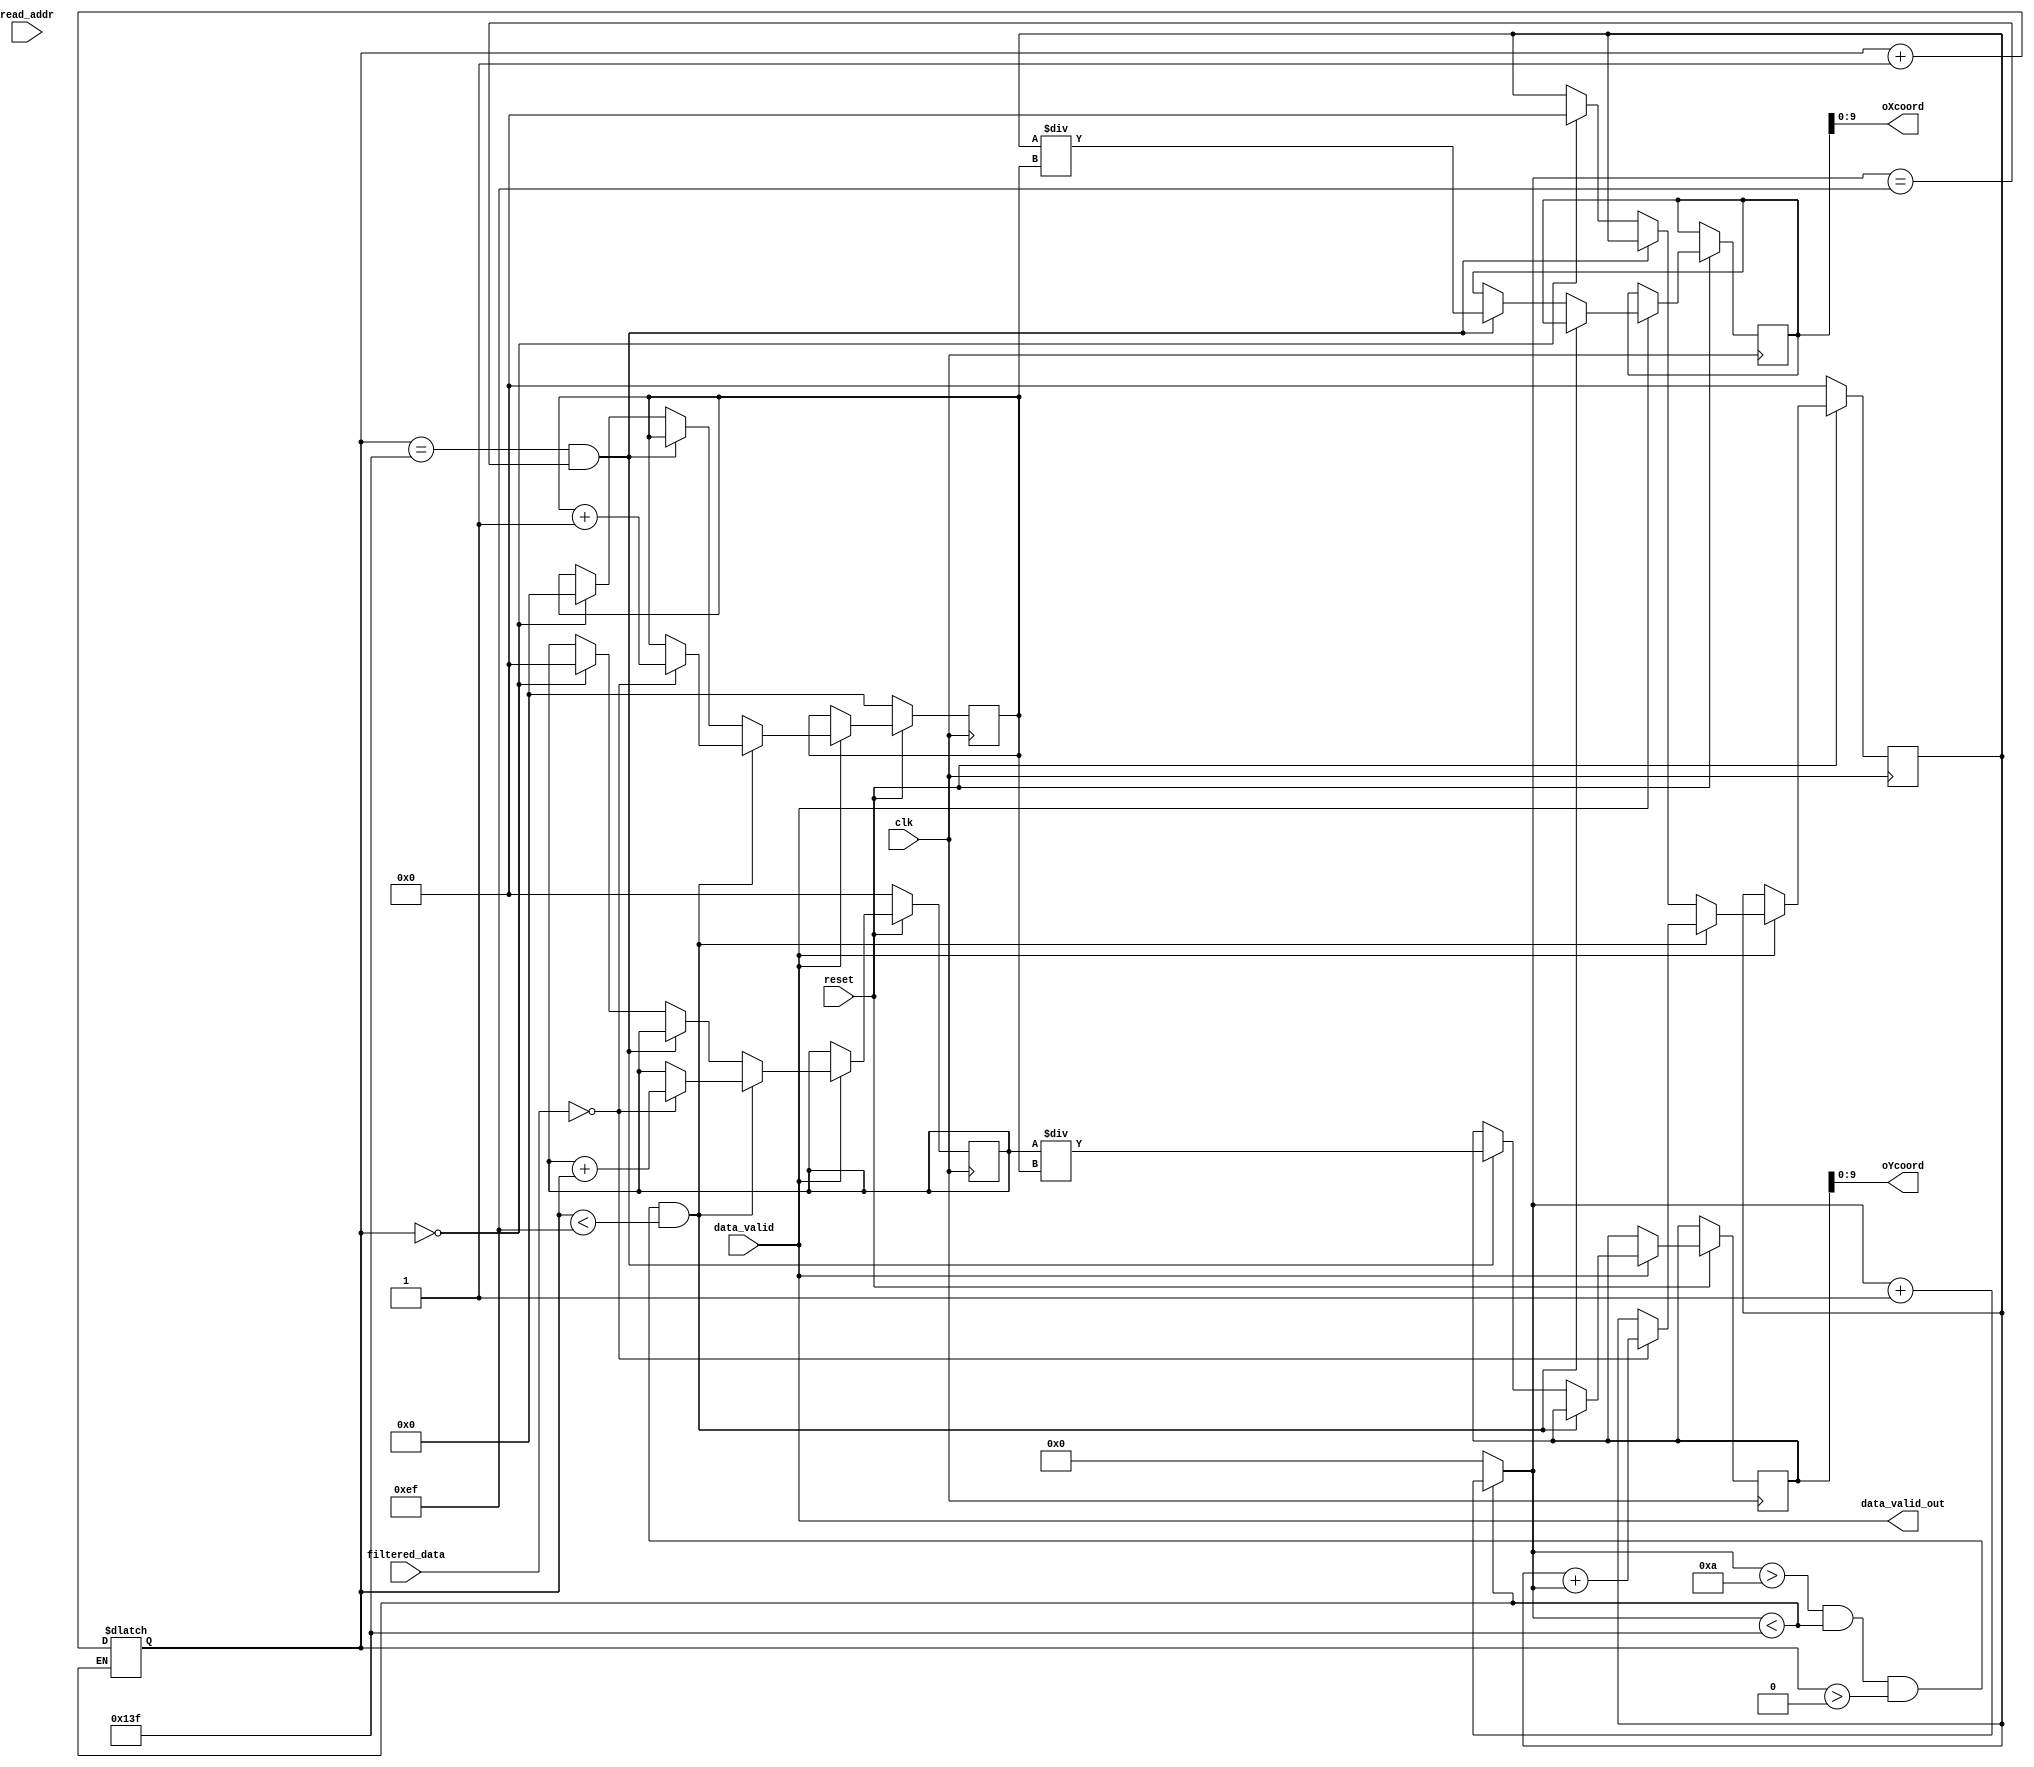
module avg_black_pixel_density( 
								input	clk,
								input reset,	
								input data_valid,		
								input [19:0]read_addr,
         							input [7:0]filtered_data,
         							output data_valid_out,							
								output[9:0]oXcoord,oYcoord
											);
reg [29:0] sumX_r, sumY_r;
reg [18:0] cntr_r;
reg [29:0] avgX, avgY,avgX_r, avgY_r;
reg [18:0] density_p;

reg [9:0] Coord_X =0,Coord_Y=0;

reg [29:0] sumX, sumY;
reg [18:0] cntr;

assign oXcoord = avgX[9:0];
assign oYcoord = avgY[9:0];

always@(read_addr)
begin
  if(Coord_X < 319)
    Coord_X <= Coord_X + 1;
  else 
    begin
    Coord_X <= 0;
    Coord_Y <= Coord_Y + 1;
    end
end

assign data_valid_out = data_valid;


always @(posedge clk)
 begin
	if (!reset)
	begin	
		sumX <= 30'b0;
		sumY <= 30'b0;
		cntr <= 19'b0;	
		density_p <= 19'd0;
	end
	
	else if(data_valid)
     begin 
   // ********** Computing centroid for all detected pixels ********************************************** //
		if ((Coord_X > 10'd10) && (Coord_X < 10'd319) && (Coord_Y > 10'd0) && (Coord_Y < 10'd239))
	 	 begin
					$display("Coord_X = %d ,Coord_Y = %d, read_addr = %d",Coord_X,Coord_Y,read_addr);
			if (filtered_data == 8'h0)
			begin
				sumX <= sumX + Coord_X;
				sumY <= sumY + Coord_Y;
				cntr <= cntr + 19'b1;
		
			end
		 end		
		else if((Coord_Y == 10'd319) && (Coord_X == 10'd239) ) 
		 begin
			avgX <= sumX / cntr;
			avgY <= sumY / cntr;
			
			avgX_r <= avgX;
			avgY_r <= avgY;
			sumX_r <= sumX;
			sumY_r <= sumY;
			cntr_r <= cntr; 
			

		end
		else if (Coord_Y == 10'd0) 
		begin
			sumX <= 30'b0;
			sumY <= 30'b0;
			cntr <= 19'b0; 
		end
  end 		
 end 
 

endmodule